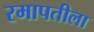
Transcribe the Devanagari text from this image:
रमापतीला